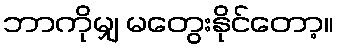
ဘာကိုမျှ မတွေးနိုင်တော့။